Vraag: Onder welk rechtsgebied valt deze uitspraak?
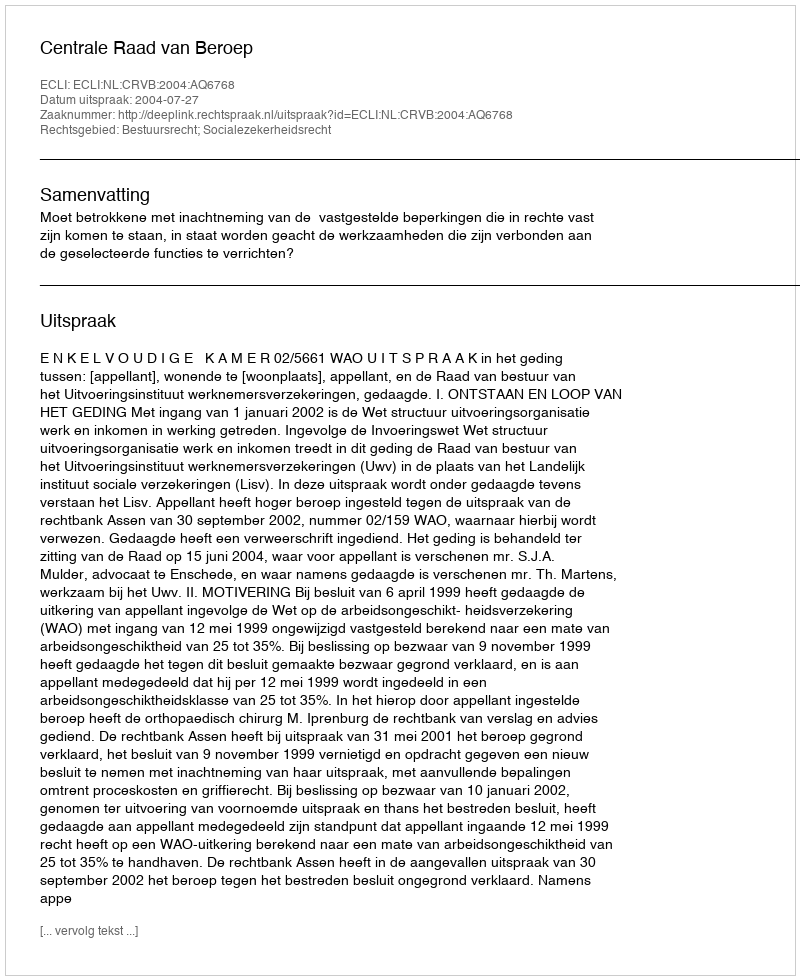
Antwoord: Bestuursrecht; Socialezekerheidsrecht